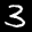
Label: 3